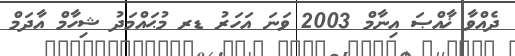
ދެއްވާ ޚާއްޞަ އިނާމް 2003 ވަނަ އަހަރު ޑރ މުޙައްމަދު ޝިހާމް އާދަމް